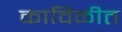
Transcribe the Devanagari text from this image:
काविळीत